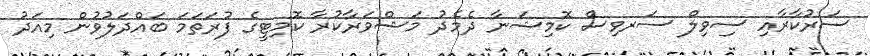
ސަރުކާރާއި ސިވިލް ސަރވިސް ކޮމިޝަނާ ދެމެދު މަޝްވަރާކުރާ ކޮމިޓީގެ ފުރަތަމަ ބައްދަލުވުން މިއަދު